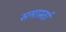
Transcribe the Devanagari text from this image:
समार्स्ता